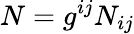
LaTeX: N=g^{ij}N_{ij}